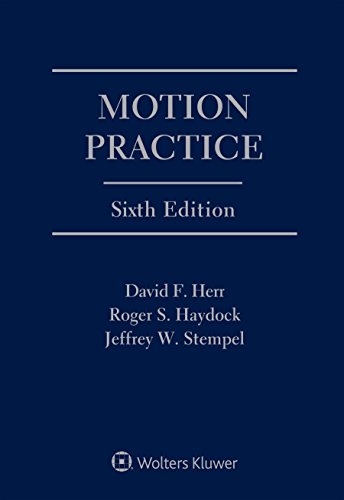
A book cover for Motion Practice; David F. Herr; Law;